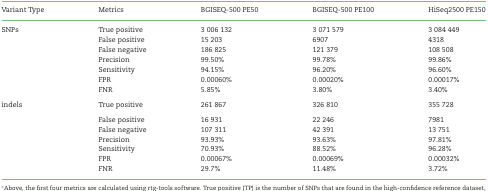
<table><thead><tr><td><b>Variant Type</b></td><td><b>Metrics</b></td><td><b>BGISEQ-500 PE50</b></td><td><b>BGISEQ-500 PE100</b></td><td><b>HiSeq2500 PE150</b></td></tr></thead><tbody><tr><td>SNPs</td><td>True positive</td><td>3 006 132</td><td>3 071 579</td><td>3 084 449</td></tr><tr><td></td><td>False positive</td><td>15 203</td><td>6907</td><td>4318</td></tr><tr><td></td><td>False negative</td><td>186 825</td><td>121 379</td><td>108 508</td></tr><tr><td></td><td>Precision</td><td>99.50%</td><td>99.78%</td><td>99.86%</td></tr><tr><td></td><td>Sensitivity</td><td>94.15%</td><td>96.20%</td><td>96.60%</td></tr><tr><td></td><td>FPR</td><td>0.00060%</td><td>0.00020%</td><td>0.00017%</td></tr><tr><td></td><td>FNR</td><td>5.85%</td><td>3.80%</td><td>3.40%</td></tr><tr><td>indels</td><td>True positive</td><td>261 867</td><td>326 810</td><td>355 728</td></tr><tr><td></td><td>False positive</td><td>16 931</td><td>22 246</td><td>7981</td></tr><tr><td></td><td>False negative</td><td>107 311</td><td>42 391</td><td>13 751</td></tr><tr><td></td><td>Precision</td><td>93.93%</td><td>93.63%</td><td>97.81%</td></tr><tr><td></td><td>Sensitivity</td><td>70.93%</td><td>88.52%</td><td>96.28%</td></tr><tr><td></td><td>FPR</td><td>0.00067%</td><td>0.00069%</td><td>0.00032%</td></tr><tr><td></td><td>FNR</td><td>29.7%</td><td>11.48%</td><td>3.72%</td></tr></tbody></table>